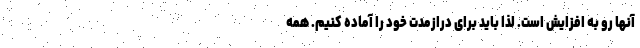
آنها رو به افزایش است. لذا باید برای درازمدت خود را آماده کنیم. همه